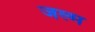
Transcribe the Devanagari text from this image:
जल्म